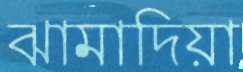
ঝামাদিয়া